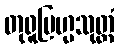
တုရူဗြဟ္မသုတ္တံ